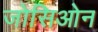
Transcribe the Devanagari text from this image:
जोसिओन